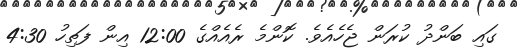
ގައި ބަަންދު ކުރަން ޖެހެއެވެ. ކޮންމެ ރެއެއްގެ 12:00 އިން ފަތިހު 4:30